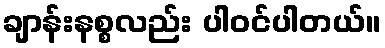
ချာန်းနစ္စလည်း ပါဝင်ပါတယ်။